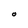
Character: O